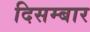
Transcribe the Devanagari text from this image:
दिसम्बार